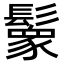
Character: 𩯙